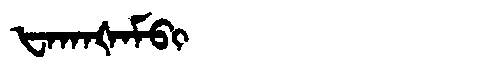
Manchu: ᡶᠠᡴᠠᡧᠠᠮᠪᡳ
Romanization: FAKAŠAMBI